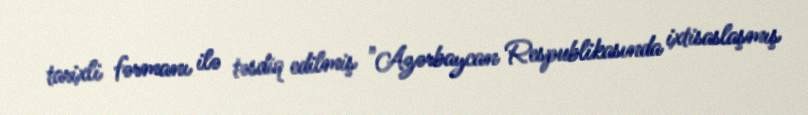
tarixli fərmanı ilə təsdiq edilmiş "Azərbaycan Respublikasında ixtisaslaşmış